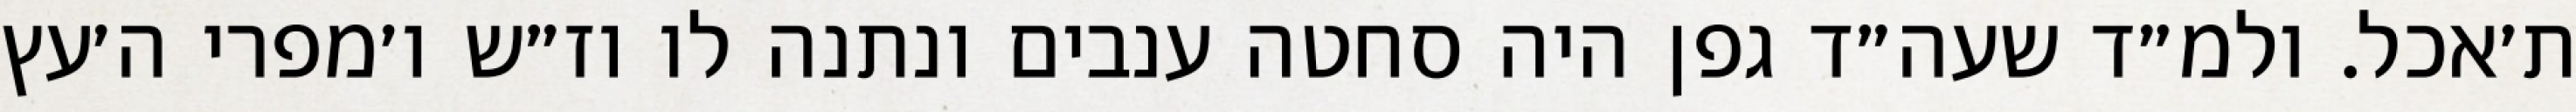
ת׳אכל. ולמ״ד שעה״ד גפן היה סחטה ענבים ונתנה לו וז״ש ו׳מפרי ה׳עץ